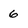
Character: 6